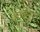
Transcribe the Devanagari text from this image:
कतलीतून